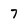
Character: 7